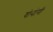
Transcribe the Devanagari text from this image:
योयोगी